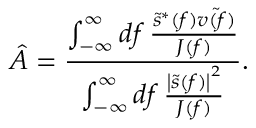
\hat { A } = \frac { \int _ { - \infty } ^ { \infty } \mathop { d f } \frac { \tilde { s } ^ { * } ( f ) \tilde { v ( f ) } } { J ( f ) } } { \int _ { - \infty } ^ { \infty } \mathop { d f } \frac { \left| \tilde { s } ( f ) \right| ^ { 2 } } { J ( f ) } } .